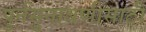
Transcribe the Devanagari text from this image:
पुर्नसुनावणीसाठी